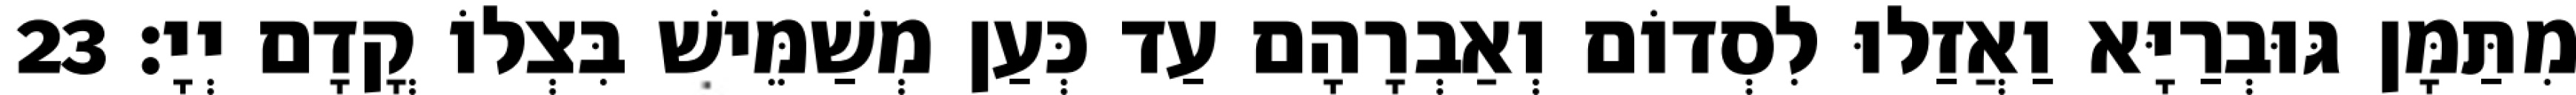
מִתַּמָּן גּוּבְרַיָּא וַאֲזַלוּ לִסְדוֹם וְאַבְרָהָם עַד כְּעַן מְשַׁמֵּישׁ בִּצְלוֹ קֳדָם יְיָ׃ 23